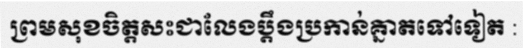
ព្រមសុខចិត្តសះជាលែងប្តឹងប្រកាន់គ្នាតទៅទៀត :